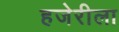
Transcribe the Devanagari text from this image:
हजेरीला